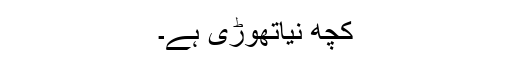
کچھ نیاتھوڑی ہے۔